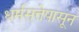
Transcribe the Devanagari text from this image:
धर्मसत्तेपासून